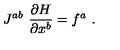
J ^ { a b } \ \frac { \partial H } { \partial x ^ { b } } = f ^ { a } \ .